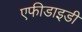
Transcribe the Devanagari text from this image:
एफीडाइडी